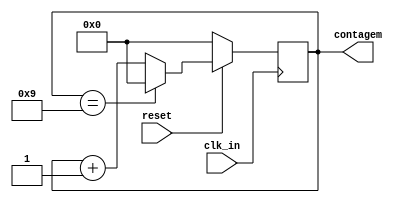
module contadorM10(input reset, input clk_in, output reg[3:0]contagem);

initial begin
	contagem = 4'b0001;
end


always @(posedge clk_in)begin

	if(contagem == 4'b1001)begin
		contagem = 4'b0000;
	end
	else begin
		contagem = contagem + 4'b0001;
	end
	
	if(reset == 4'b0000)begin
		contagem = 4'b0000;
	end

end


endmodule